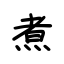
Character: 煮